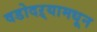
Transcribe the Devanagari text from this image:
वडोदऱ्यामधून